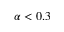
\alpha < 0 . 3